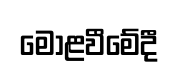
මොළවීමේදී